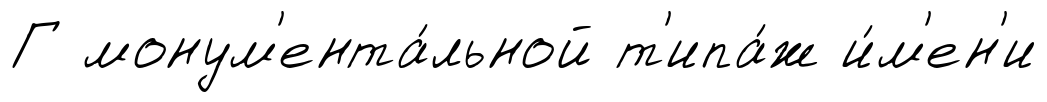
Г монум'ента́льной т'ипа́ж и́м'ен'и